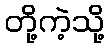
တို့ကဲ့သို့